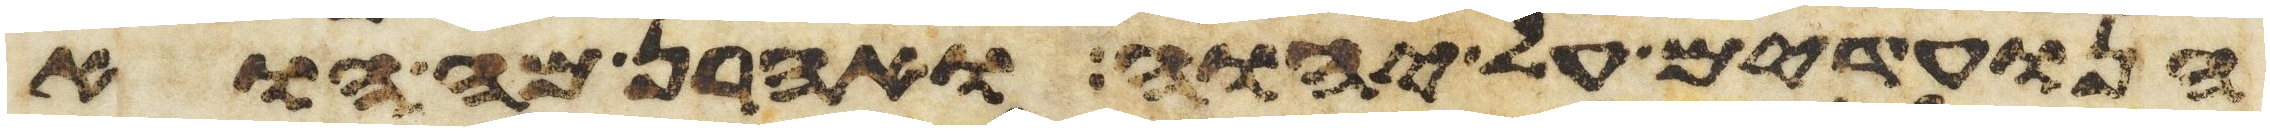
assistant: הנועדים על יהוה ואהרן מה הוא